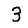
Digit: 3